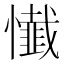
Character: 懴